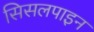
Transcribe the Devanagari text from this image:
सिसलपाइन